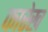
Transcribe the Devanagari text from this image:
फारेख